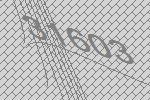
31603